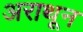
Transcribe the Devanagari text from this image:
अराथून